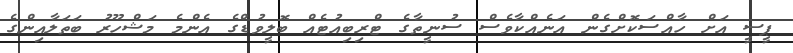
ޕީސީ އަށް ހާއްސަކޮށްގެން އަނެއްކާވެސް ސުނީތާގެ ޓްރިބިއުޓެއް ބޮލީވުޑްގެ އެންމެ މަޝްހޫރު ބަތަލާއިންގެ